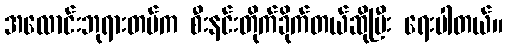
အလောင်းဘုရားတပ်က စီးနင်းတိုက်ခိုက်တယ်ဆိုပြီး ရေးပါတယ်။